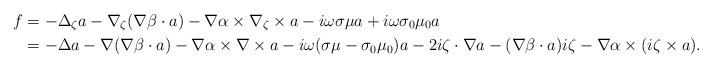
LaTeX: \begin{align*}f &= -\Delta_\zeta a - \nabla_\zeta(\nabla\beta\cdot a) - \nabla\alpha\times \nabla_\zeta\times a - i\omega\sigma\mu a + i\omega \sigma_0 \mu_0 a \\& = -\Delta a - \nabla(\nabla\beta\cdot a) - \nabla\alpha\times \nabla\times a - i\omega (\sigma\mu - \sigma_0 \mu_0) a- 2i \zeta\cdot \nabla a - (\nabla\beta\cdot a) i\zeta - \nabla\alpha \times (i\zeta \times a).\end{align*}